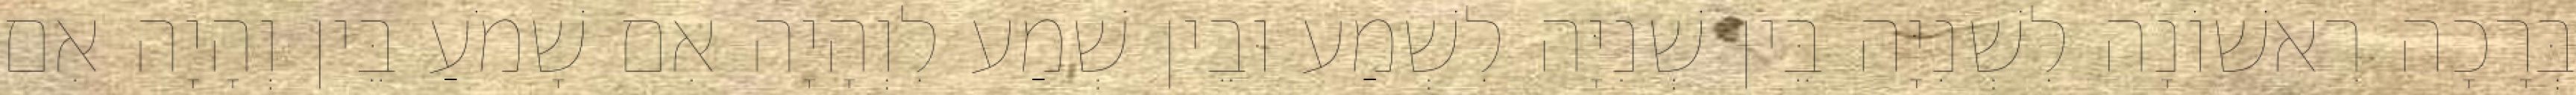
בְּרָכָה רִאשׁוֹנָה לִשְׁנִיָּה בֵּין שְׁנִיָּה לִשְׁמַע וּבֵין שְׁמַע לִוְהָיָה אִם שָׁמֹעַ בֵּין וְהָיָה אִם